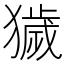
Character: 獩